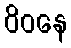
ဝိဝနေ